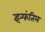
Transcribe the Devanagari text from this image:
इन्फंतिल